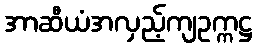
အာဆီယံအလှည့်ကျဥက္ကဋ္ဌ